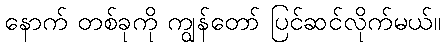
နောက် တစ်ခုကို ကျွန်တော် ပြင်ဆင်လိုက်မယ်။